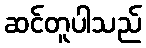
ဆင်တူပါသည်